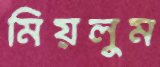
মিয়লুম